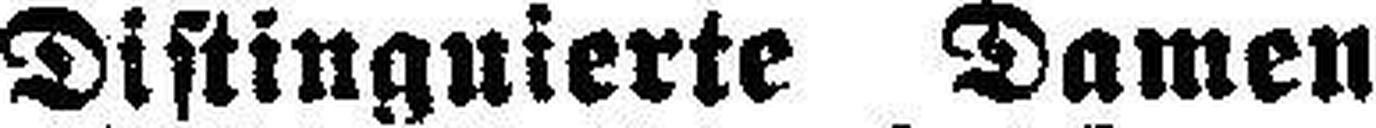
Distinguierte Damen